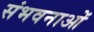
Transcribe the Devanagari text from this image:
संभवनाओं